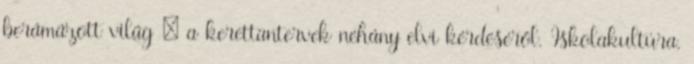
berámázott világ : a kerettantervek néhány elvi kérdéséről. Iskolakultúra,